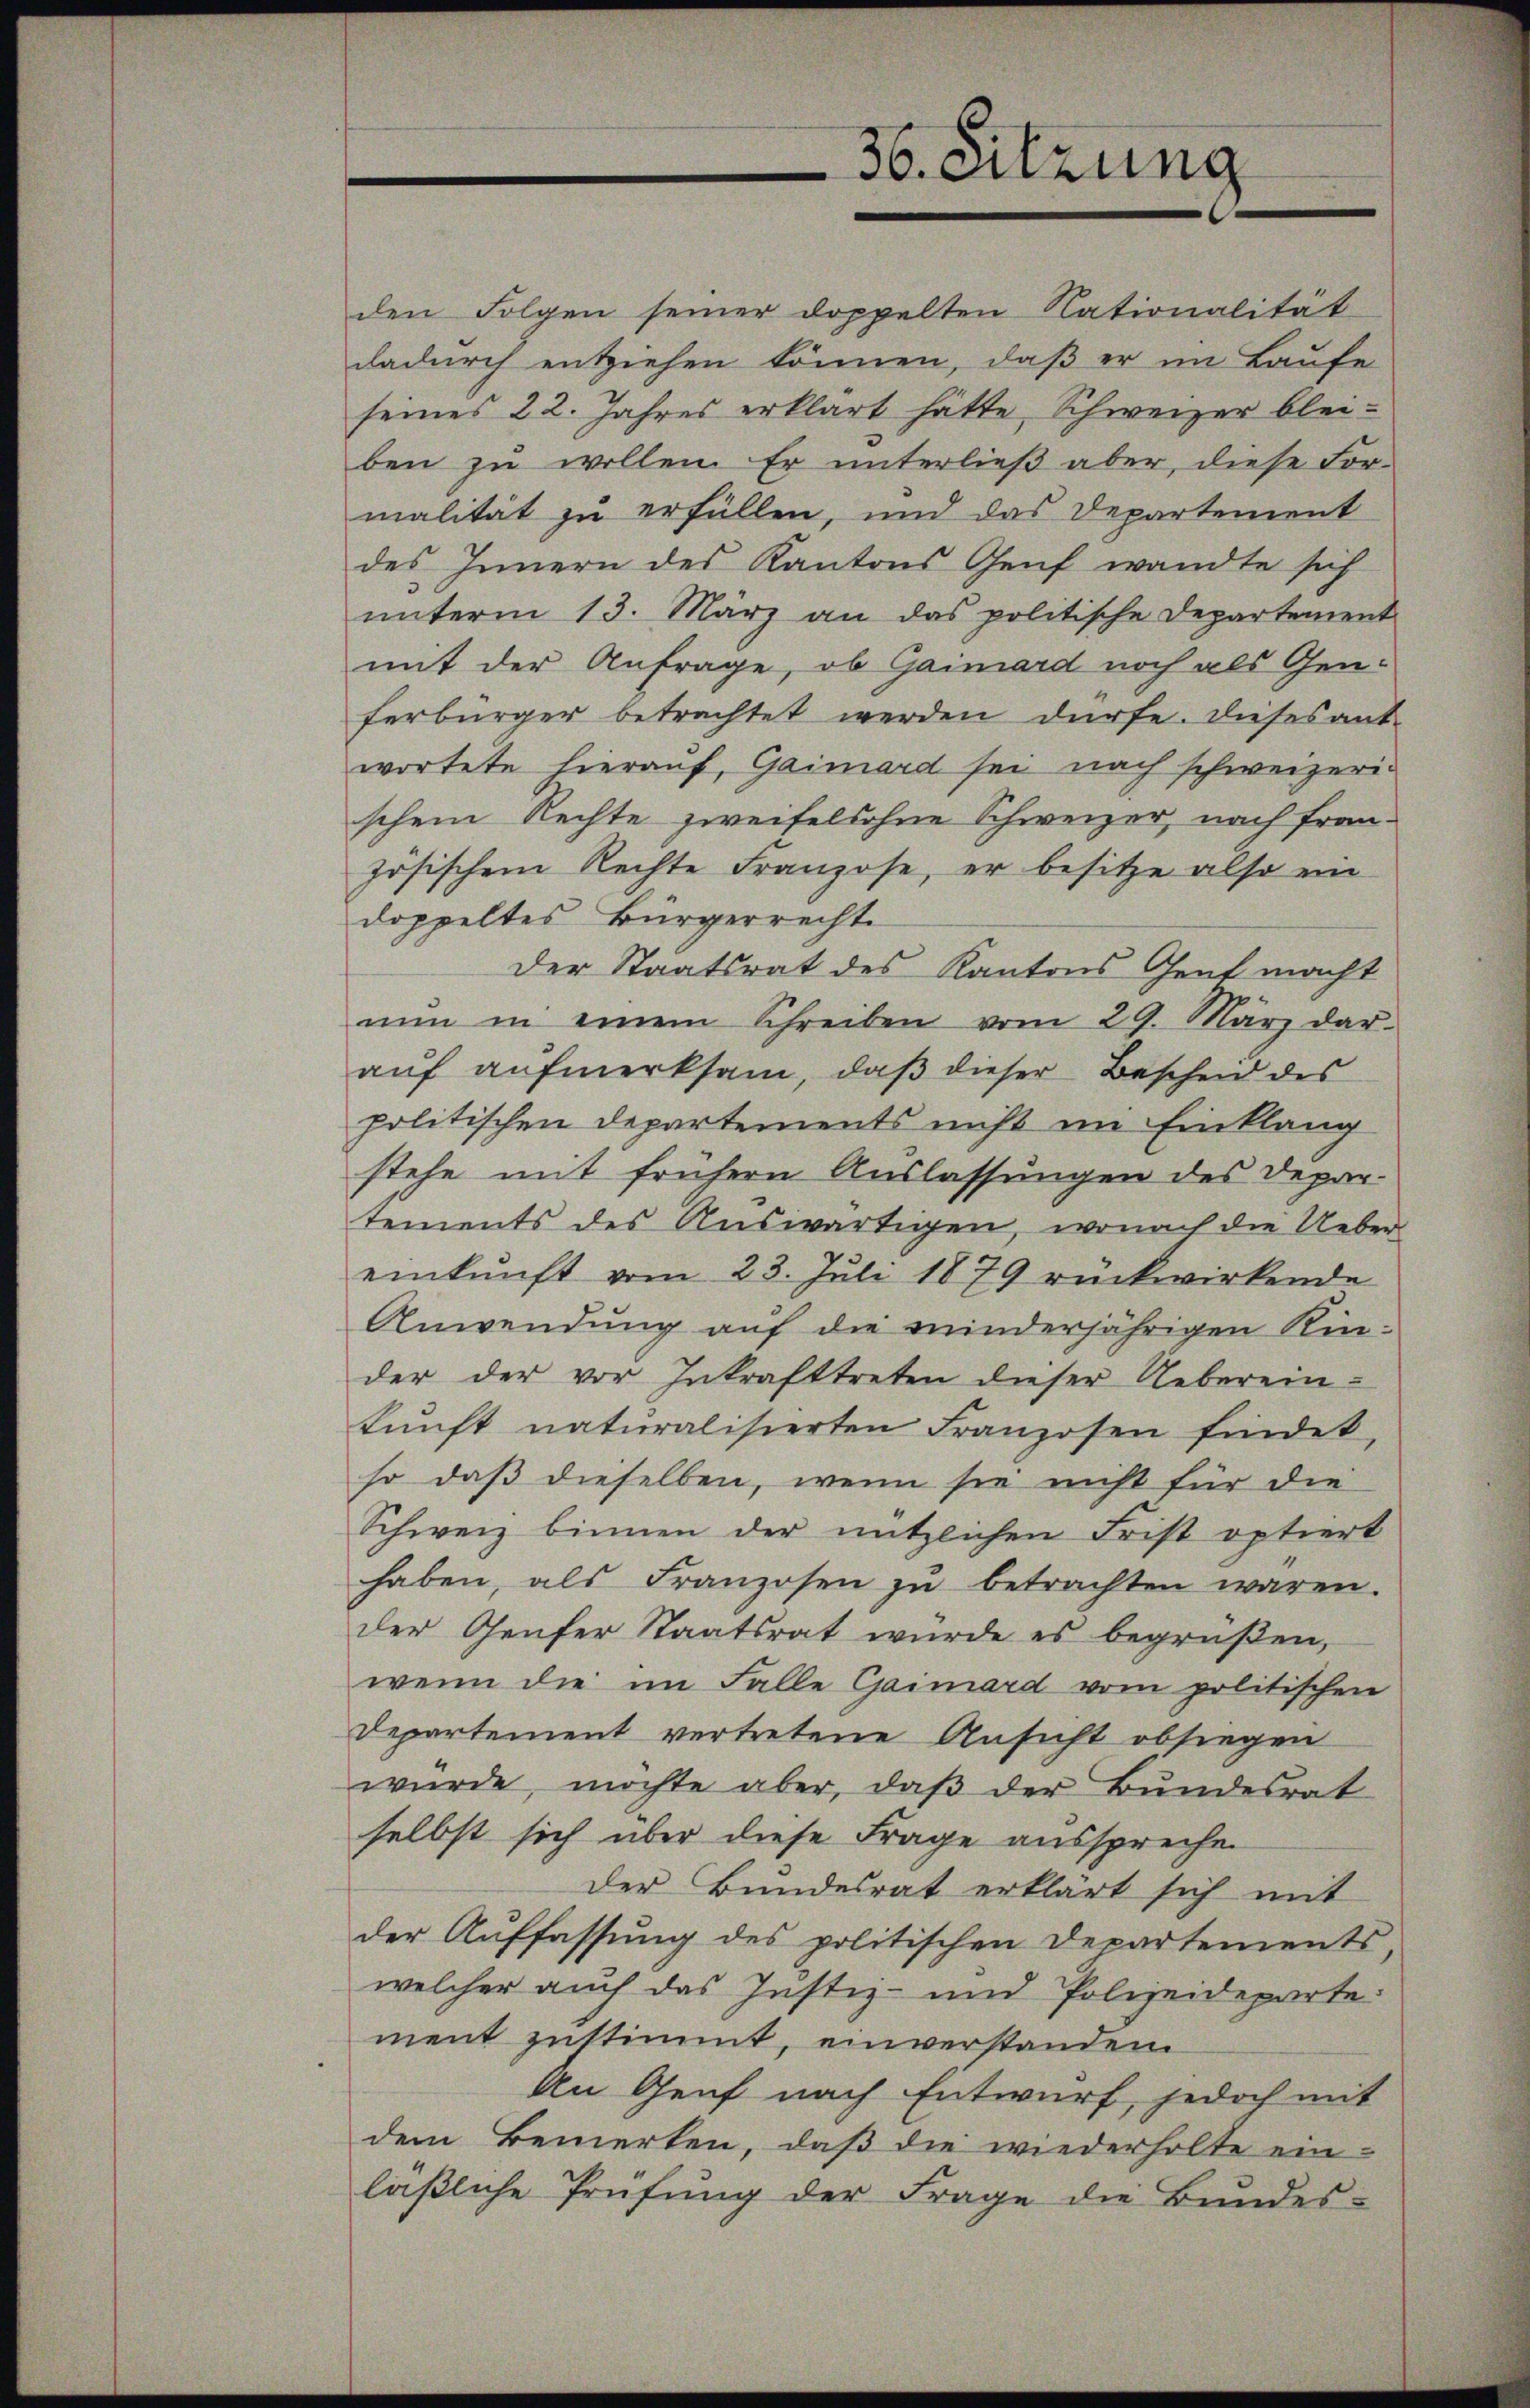
36. Sitzung

den Folgen seiner doppelten Nationalität
dadurch entziehen können, daß er im Laufe
seines 22. Jahres erklärt hätte, Schweizer bleiben zu wollen. Er unterließ aber, diese For-
malität zu erfüllen, und das Departement
des Innern des Kantons Genf wandte sich
ŭnterm 13. März an das politische Departement
mit der Anfrage, ob Gaimard noch als Genferbürger betrachtet werden dürfe. Dieses ant-
wortete hierauf, Gaimard sei nach schweizerischem Rechte zweifelsohne Schweizer, nach fran-
zösischem Rechte Franzose, er besitze also ein
doppeltes Bürgerrecht
Der Staatsrat des Kantons Gent macht
nŭn in einem Schreiben vom 29. März dar-
auf aufmerksam, daβ dieser Bescheid des
politischen Departements nicht im Einklang
stehe mit frühern Auslassungen des Depar-
tements des Auswärtigen, wonach die Ueber
einkunft vom 23. Juli 1879 rückwirkende
Anwendung auf die minderjährigen Kin-
der der vor Inkrafttreten dieser Ueberein-
kŭnft naturalisierten Franzosen findet,
so daß dieselben, wenn sie nicht für die
Schweiz binnen der nützlichen Frist optiert
haben, als Franzosen zŭ betrachten waren.
der Genfer Staatsrat würde es begrüβen,
wenn die im Falle Garmard vom politischen
Departement vertretene Ansicht absiegen
wŭrde, möchte aber, daβ der Bundesrat
selbst sich über diese Frage aussprechen
der Bundesrat erklärt sich mit
der Auffassung des politischen Departements
welcher auch das Justiz- und Polizeideparte
ment zustimmt, einverstanden.
An Genf nach Entwurf, jedoch mit
dem Bemerken, daß die wiederholte ein-
läβliche Prüfung der Frage die Bundes-